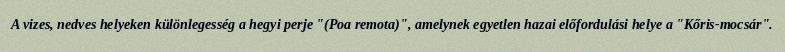
A vizes, nedves helyeken különlegesség a hegyi perje "(Poa remota)", amelynek egyetlen hazai előfordulási helye a "Kőris-mocsár".